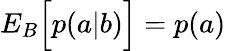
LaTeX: {E}_{B}\Big[p(a|b)\Big]=p(a)